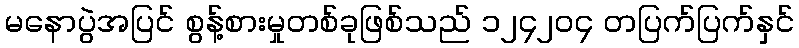
မနောပွဲအပြင် စွန့်စားမှုတစ်ခုဖြစ်သည် ၁၂၄၂၀၄ တပြက်ပြက်နှင်